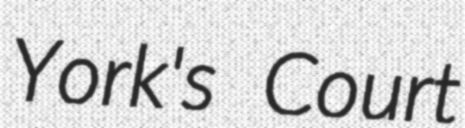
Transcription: York's Court